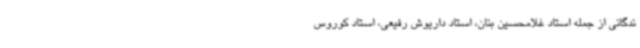
ندگانی از جمله استاد غلامحسین بنان، استاد داریوش رفیعی، استاد کوروس